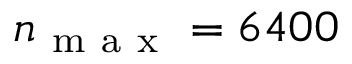
n _ { \mathrm { ~ m ~ a ~ x ~ } } = 6 4 0 0